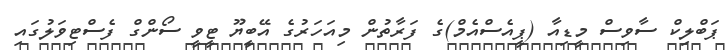
ޕަބްލިކް ސާވިސް މީޑިއާ (ޕީއެސްއެމް)ގެ ފަރާތުން މިއަހަރުގެ އޭބީޔޫ ޓީވީ ސޯންގް ފެސްޓިވަލުގައި